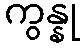
ကွန္နု